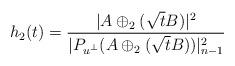
LaTeX: \begin{align*}h_2(t)=\frac{|A\oplus_2(\sqrt{t}B)|^2}{|P_{u^\bot}(A\oplus_2(\sqrt{t}B))|^2_{n-1}}\end{align*}